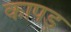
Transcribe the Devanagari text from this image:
कापड़